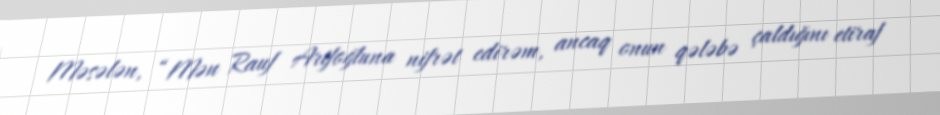
Məsələn, “Mən Rauf Arifoğluna nifrət edirəm, ancaq onun qələbə çaldığını etiraf